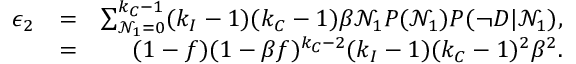
\begin{array} { r l r } { \epsilon _ { 2 } } & { = } & { \sum _ { \mathcal { N } _ { 1 } = 0 } ^ { k _ { C } - 1 } ( k _ { I } - 1 ) ( k _ { C } - 1 ) \beta \mathcal { N } _ { 1 } P ( \mathcal { N } _ { 1 } ) P ( \neg D | \mathcal { N } _ { 1 } ) , } \\ & { = } & { ( 1 - f ) ( 1 - \beta f ) ^ { k _ { C } - 2 } ( k _ { I } - 1 ) ( k _ { C } - 1 ) ^ { 2 } \beta ^ { 2 } . } \end{array}